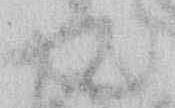
て